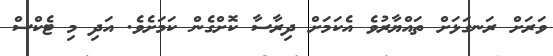
ވަރަށް ރަނގަޅަށް ތައްޔާރުވެ އެކަމަށް ދިރާސާ ކޮށްގެން ކަމަށެވެ. އަދި މި ޓެކްސް